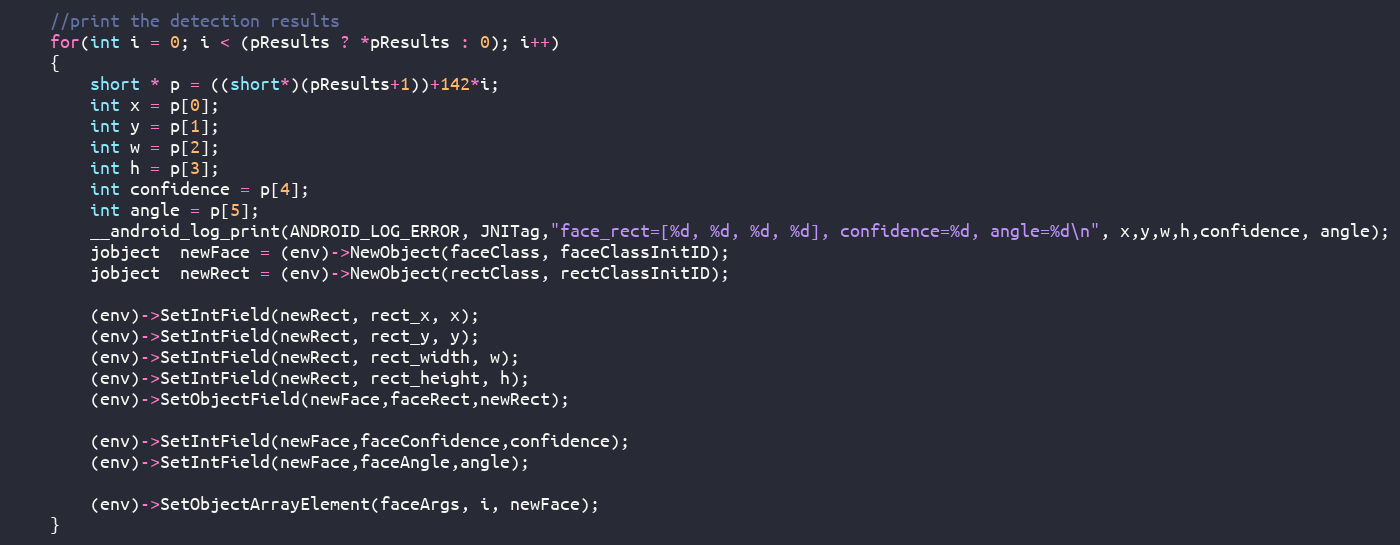
Language: C++
    //print the detection results
    for(int i = 0; i < (pResults ? *pResults : 0); i++)
    {
        short * p = ((short*)(pResults+1))+142*i;
        int x = p[0];
        int y = p[1];
        int w = p[2];
        int h = p[3];
        int confidence = p[4];
        int angle = p[5];
        __android_log_print(ANDROID_LOG_ERROR, JNITag,"face_rect=[%d, %d, %d, %d], confidence=%d, angle=%d\n", x,y,w,h,confidence, angle);
        jobject  newFace = (env)->NewObject(faceClass, faceClassInitID);
        jobject  newRect = (env)->NewObject(rectClass, rectClassInitID);

        (env)->SetIntField(newRect, rect_x, x);
        (env)->SetIntField(newRect, rect_y, y);
        (env)->SetIntField(newRect, rect_width, w);
        (env)->SetIntField(newRect, rect_height, h);
        (env)->SetObjectField(newFace,faceRect,newRect);

        (env)->SetIntField(newFace,faceConfidence,confidence);
        (env)->SetIntField(newFace,faceAngle,angle);

        (env)->SetObjectArrayElement(faceArgs, i, newFace);
    }